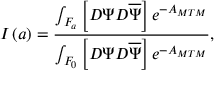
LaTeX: I \left( a \right) = \frac { \int _ { { \cal F } _ { a } } \left[ { \cal D } \Psi { \cal D } \overline { { { \Psi } } } \right] e ^ { - { \cal A } _ { M T M } } } { \int _ { { \cal F } _ { 0 } } \left[ { \cal D } \Psi { \cal D } \overline { { { \Psi } } } \right] e ^ { - { \cal A } _ { M T M } } } ,